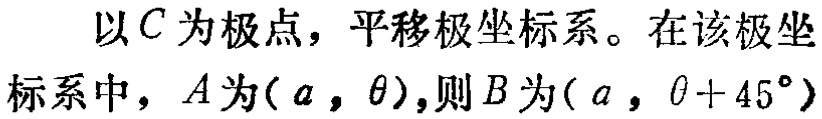
以\(C\)为极点，平移极坐标系。在该极坐标系中，\(A\)为\((a,\theta)\)，则\(B\)为\((a,\theta + 45^{\circ})\)